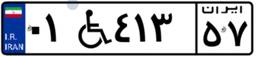
۰۱W۴۱۳۵۷